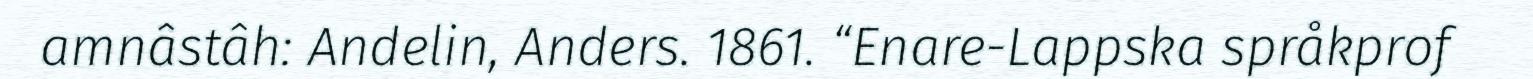
amnâstâh: Andelin, Anders. 1861. “Enare-Lappska språkprof